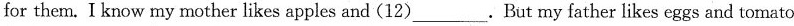
for them. I know my mother likes apples and (12)___. But my father likes eggs and tomato